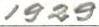
1929